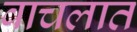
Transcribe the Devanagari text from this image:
वाचलात